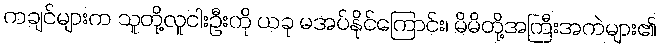
ကချင်များက သူတို့လူငါးဦးကို ယခု မအပ်နိုင်ကြောင်း၊ မိမိတို့အကြီးအကဲများ၏